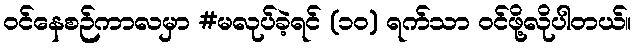
ဝင်နေစဉ်ကာလမှာ #မလုပ်ခဲ့ရင် (၁၀) ရက်သာ ဝင်ဖို့လိုပါတယ်။